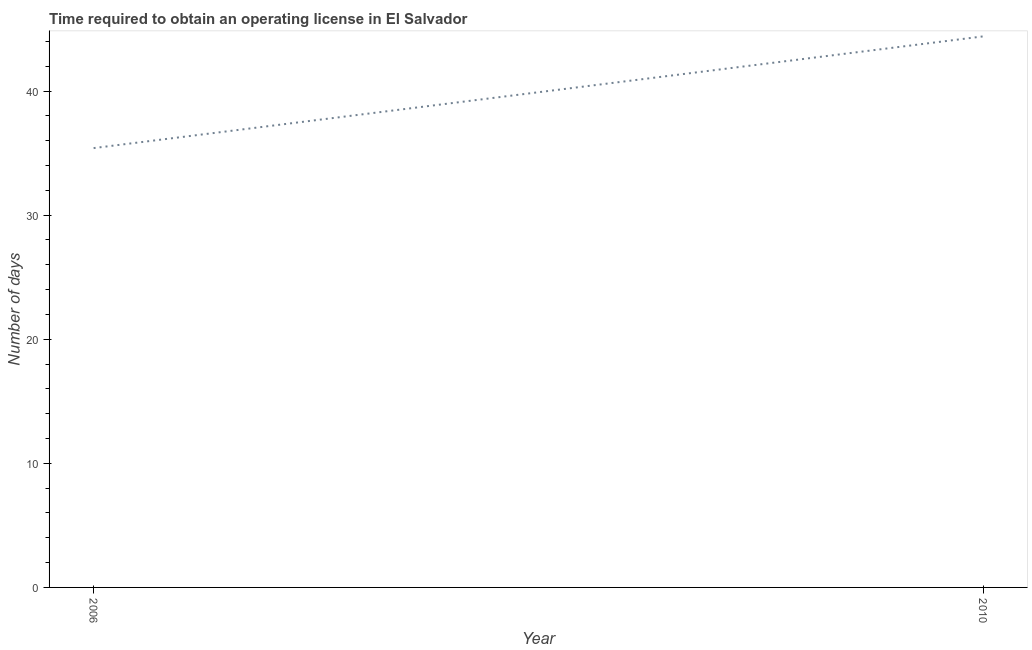
| Year | Obtain operating license |
 | --- | --- |
 | 2006 | 35.4 |
 | 2010 | 44.4 |